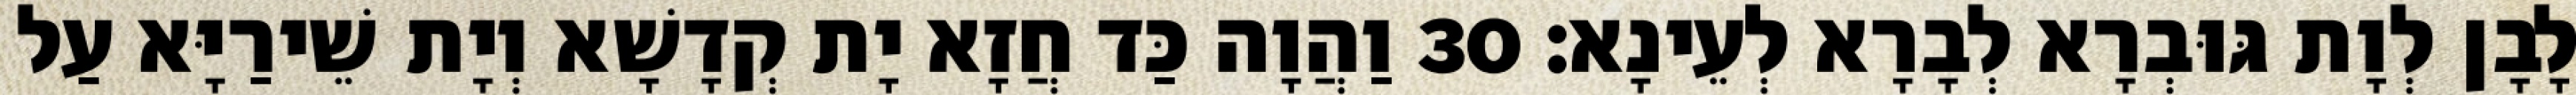
לָבָן לְוָת גּוּבְרָא לְבָרָא לְעֵינָא׃ 30 וַהֲוָה כַּד חֲזָא יָת קְדָשָׁא וְיָת שֵׁירַיָּא עַל